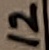
Text: 12